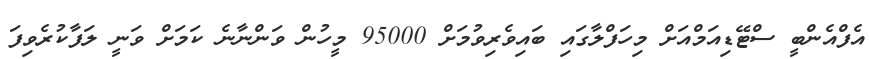
އެފްއެންބީ ސްޓޭޑިއަމްއަށް މިހަފްލާގައި ބައިވެރިވުމަށް 95000 މީހުން ވަންނާނެ ކަމަށް ވަނީ ލަފާކުރެވިފަ